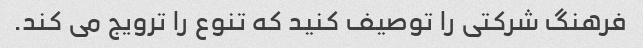
فرهنگ شرکتی را توصیف کنید که تنوع را ترویج می کند.